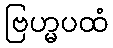
ဗြဟ္မပထံ